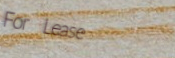
For Lease